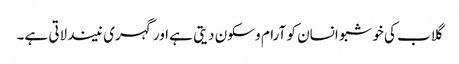
گلاب کی خوشبو انسان کو آرام و سکون دیتی ہے اور گہری نیند لاتی ہے۔